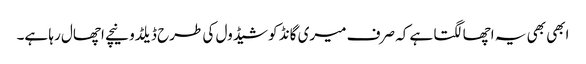
ابھی بھی یہ اچھا لگتا ہے کہ صرف میری گانڈ کو شیڈول کی طرح ڈیلڈو نیچے اچھال رہا ہے۔